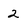
Character: 2